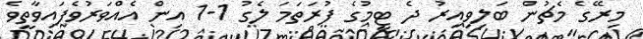
މިރޭގެ މެޗުން ބަލިވިއިރު ދެ ޓީމުގެ ފުރަތަމަ ލެގު 1-1 އިން އެއްވަރުވެފައިވާތީވެ